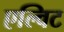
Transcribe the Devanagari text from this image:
एल्विट